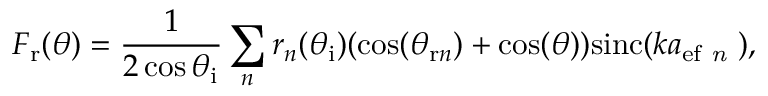
F _ { \mathrm { { r } } } ( \theta ) = \frac { 1 } { 2 \cos { \theta _ { \mathrm { { i } } } } } \sum _ { n } r _ { n } ( \theta _ { \mathrm { { i } } } ) ( \cos ( \theta _ { \mathrm { r } n } ) + \cos ( \theta ) ) \mathrm { s i n c } ( k a _ { \mathrm { e f } \emph { n } } ) ,